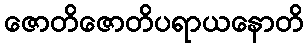
ဇောတိဇောတိပရာယနောတိ